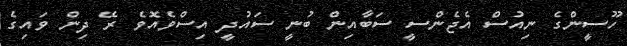
ހޫސީންގެ ނިއުސް އެޖެންސީ ސަބާއިން ބުނީ ސައުދީ އިސްވެއޮވެ ރޭ ދިން ވައިގެ